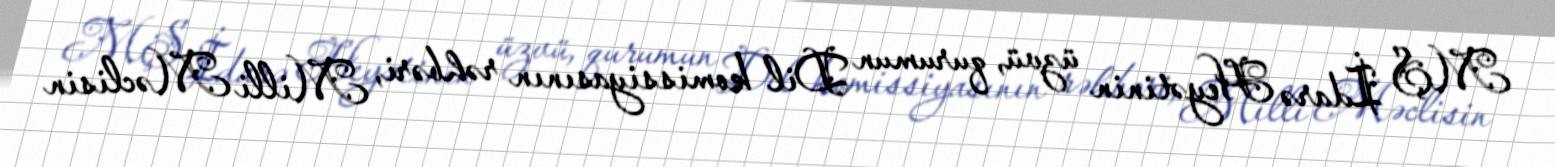
MŞ İdarə Heyətinin üzvü, qurumun Dil komissiyasının rəhbəri, Milli Məclisin